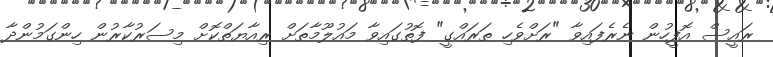
ރައީސް އޮފީހުން ނެރެފައިވާ "ރަށްވެހި ތަރައްގީ" ފޮތުގައިވާ މައުލޫމާތަށް ރިއާޔަތްކޮށް މިސަރުކާރުން ހިންގަމުންދާ